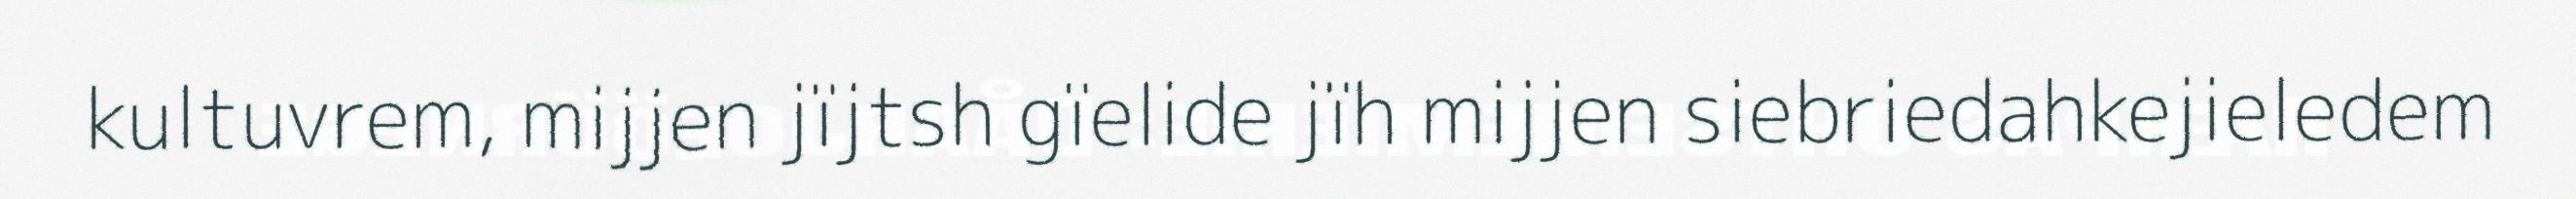
kultuvrem, mijjen jïjtsh gïelide jïh mijjen siebriedahkejieledem